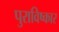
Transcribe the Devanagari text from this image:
पुराविष्कार